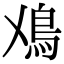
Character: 𩾘